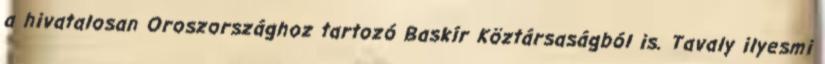
a hivatalosan Oroszországhoz tartozó Baskír Köztársaságból is. Tavaly ilyesmi